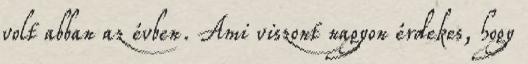
volt abban az évben. Ami viszont nagyon érdekes, hogy